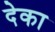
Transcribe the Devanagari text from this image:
देका